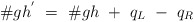
\begin{align*}{\#} gh^{'} ~=~{\#} gh ~+~ q_L ~-~q_R\end{align*}